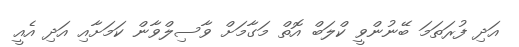
އަދި ފުރަތަމަ ބޭނުންވީ ކްލަބް އޮތް މަގާމަށް ވާސިލްވާން ކަމަށާއި އަދި އެއީ